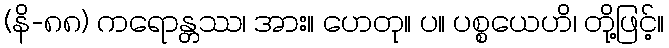
(နိ-၈၈) ကရောန္တဿ၊ အား။ ဟေတု။ ပ။ ပစ္စယေဟိ၊ တို့ဖြင့်။